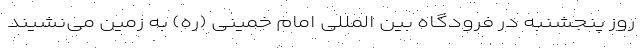
روز پنجشنبه در فرودگاه بین المللی امام خمینی (ره) به زمین می‌نشیند